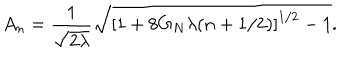
A _ { n } = \frac { 1 } { \sqrt { 2 \lambda } } \sqrt { \left[ 1 + 8 G _ { N } \lambda ( n + 1 / 2 ) \right] ^ { 1 / 2 } - 1 } .